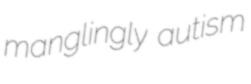
manglingly autism